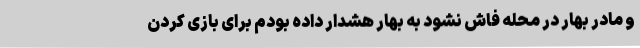
و مادر بهار در محله فاش نشود به بهار هشدار داده بودم برای بازی کردن